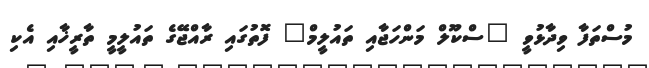
މުސްތަފާ ވިދާޅުވީ "ސްކޫލް މަންހަޖާއި ތައުލީމް" ފޮތުގައި ރާއްޖޭގެ ތައުލީމީ ތާރީޚާއި އެކި